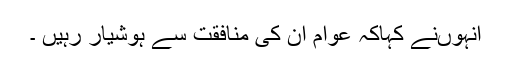
انہوںنے کہاکہ عوام ان کی منافقت سے ہوشیار رہیں ۔